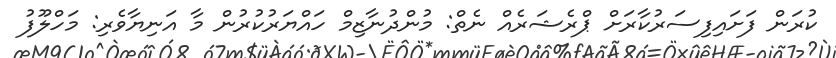
ކުރަން ފަށައިފިސަރުކާރަށް ޕްރެޝަރެއް ނެތް: މުންދުނާޒިމް ހައްޔަރުކުރުން މާ އަނިޔާވެރި: މަހްލޫފު